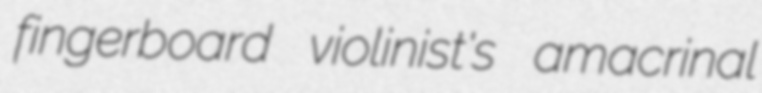
fingerboard violinist's amacrinal